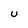
Character: U